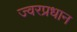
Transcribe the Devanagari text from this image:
ज्वरप्रधान